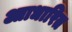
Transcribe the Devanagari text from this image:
आाधारित